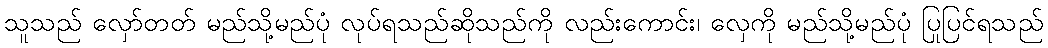
သူသည် လှော်တတ် မည်သို့မည်ပုံ လုပ်ရသည်ဆိုသည်ကို လည်းကောင်း၊ လှေကို မည်သို့မည်ပုံ ပြုပြင်ရသည်